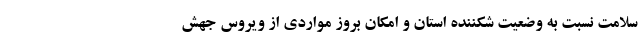
سلامت نسبت به وضعیت شکننده استان و امکان بروز مواردی از ویروس جهش